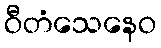
ဝီတံသေနေဝ